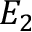
E _ { 2 }